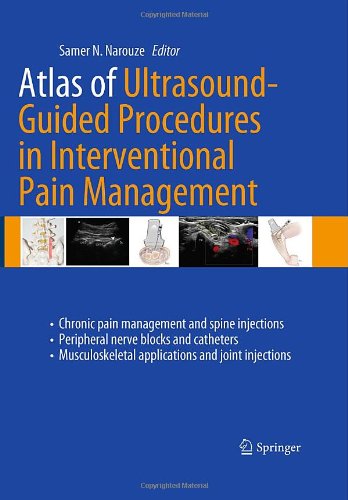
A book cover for Atlas of Ultrasound-Guided Procedures in Interventional Pain Management (Nariuze, Atlas of Ultrasound-Guided Procedures in Interventional Pain Management); Medical Books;